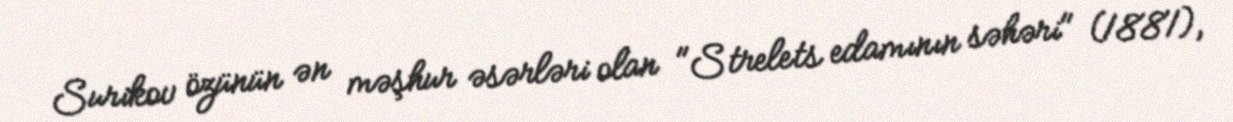
Surikov özünün ən məşhur əsərləri olan "Strelets edamının səhəri" (1881),